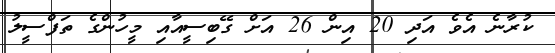
ކުރާނެ އެވެ އަދި 20 އިން 26 އަށް ގޭބިސީއާއި މީހުންގެ ތަފްސީލު